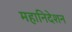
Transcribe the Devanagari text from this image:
महानिदेशन